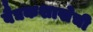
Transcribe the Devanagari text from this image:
वैद्यकशाखेची